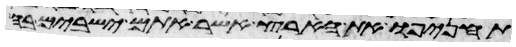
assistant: תחניפו את הארץ אשר אתם ישבים בה